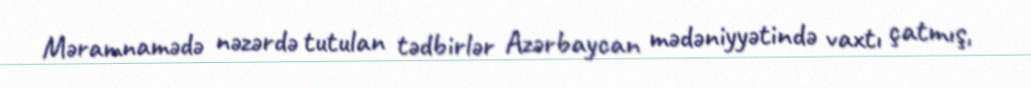
Məramnamədə nəzərdə tutulan tədbirlər Azərbaycan mədəniyyətində vaxtı çatmış,